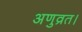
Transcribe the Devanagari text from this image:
अणुव्रत।